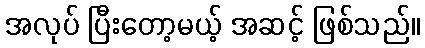
အလုပ် ပြီးတော့မယ့် အဆင့် ဖြစ်သည်။